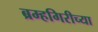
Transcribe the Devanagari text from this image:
ब्रम्हगिरीच्या